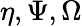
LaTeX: \eta,\Psi,\Omega